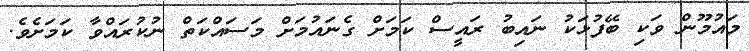
މައުމޫން ވަކި ބޭފުޅަކު ނައިބު ރައީސް ކަމަށް ގެނައުމަށް މަސައްކަތް ނުކުރައްވާ ކަމަށެވެ.